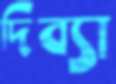
দিব্যা